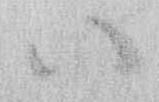
ハ